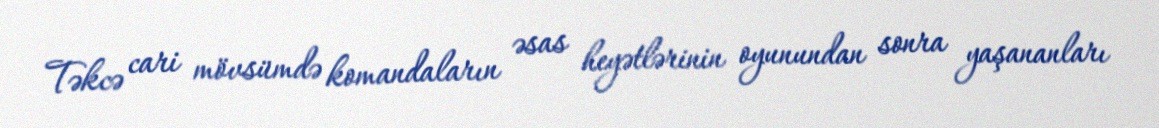
Təkcə cari mövsümdə komandaların əsas heyətlərinin oyunundan sonra yaşananları